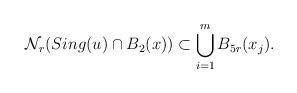
LaTeX: \begin{align*}\mathcal{N}_r(Sing(u)\cap B_2(x))\subset \bigcup_{i=1}^mB_{5r}(x_j).\end{align*}